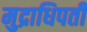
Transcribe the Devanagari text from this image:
मुद्राधिपती